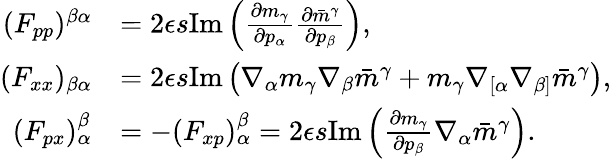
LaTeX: \begin{array}{rl}{(F_{pp})^{\beta\alpha}}&{=2\epsilon s\mathrm{Im}\left(\frac{\partial m_{\gamma}}{\partial p_{\alpha}}\frac{\partial\bar{m}^{\gamma}}{\partial p_{\beta}}\right),}\\ {(F_{xx})_{\beta\alpha}}&{=2\epsilon s\mathrm{Im}\left(\nabla_{\alpha}m_{\gamma}\nabla_{\beta}\bar{m}^{\gamma}+m_{\gamma}\nabla_{[\alpha}\nabla_{\beta]}\bar{m}^{\gamma}\right),}\\ {(F_{px})_{\alpha}^{\beta}}&{=-(F_{xp})^{\beta}_{\alpha}=2\epsilon s\mathrm{Im}\left(\frac{\partial m_{\gamma}}{\partial p_{\beta}}\nabla_{\alpha}\bar{m}^{\gamma}\right).}\end{array}